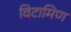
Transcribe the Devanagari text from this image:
विटामिण